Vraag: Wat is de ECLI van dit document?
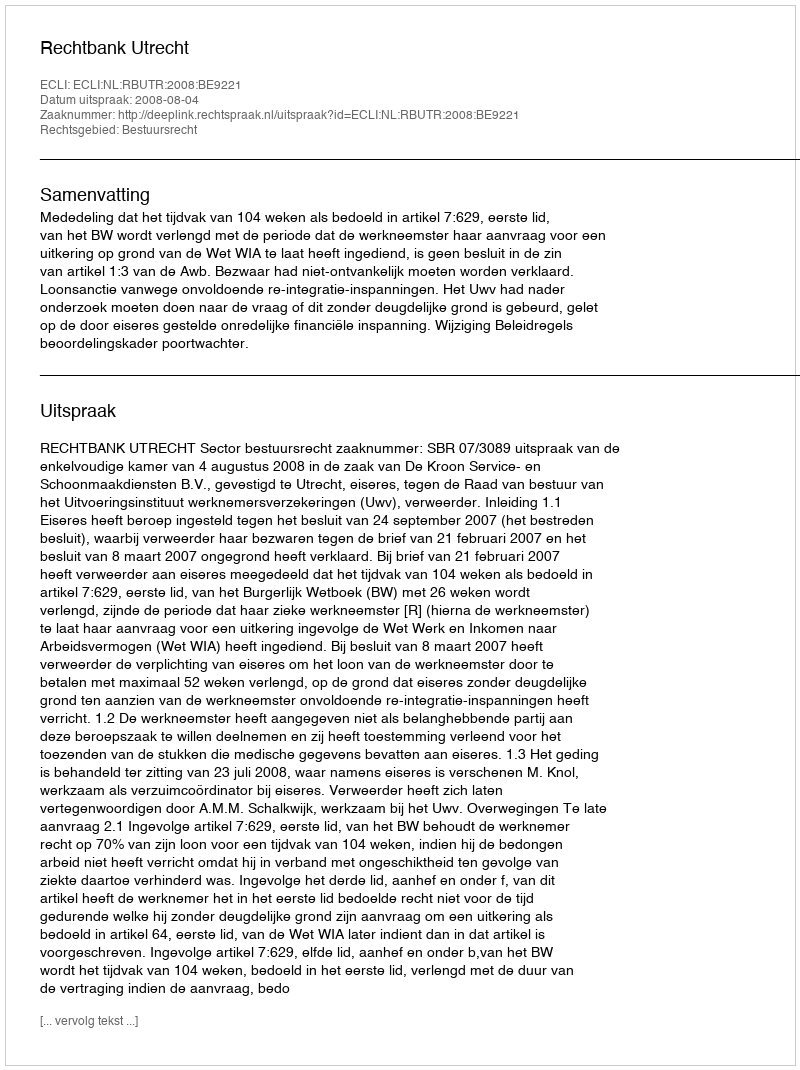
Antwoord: ECLI:NL:RBUTR:2008:BE9221